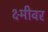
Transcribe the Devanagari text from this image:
क्ष्मीवर